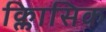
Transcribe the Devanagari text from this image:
क्लािसिक